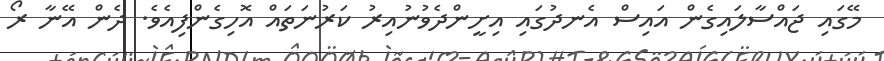
މޭގައި ޖައްސާލައިގެން އައިސް އެނދުގައި އިށީންދެވުނުއިރު ކަރުނަތައް އޮހިގެންފިއެވެ. ދެން އޭނާ ރޯ